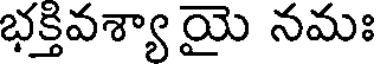
భక్తివశ్యా యై నమః